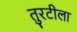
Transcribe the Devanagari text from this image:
तुरटीला